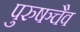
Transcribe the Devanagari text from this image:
पुरुषञ्चैव